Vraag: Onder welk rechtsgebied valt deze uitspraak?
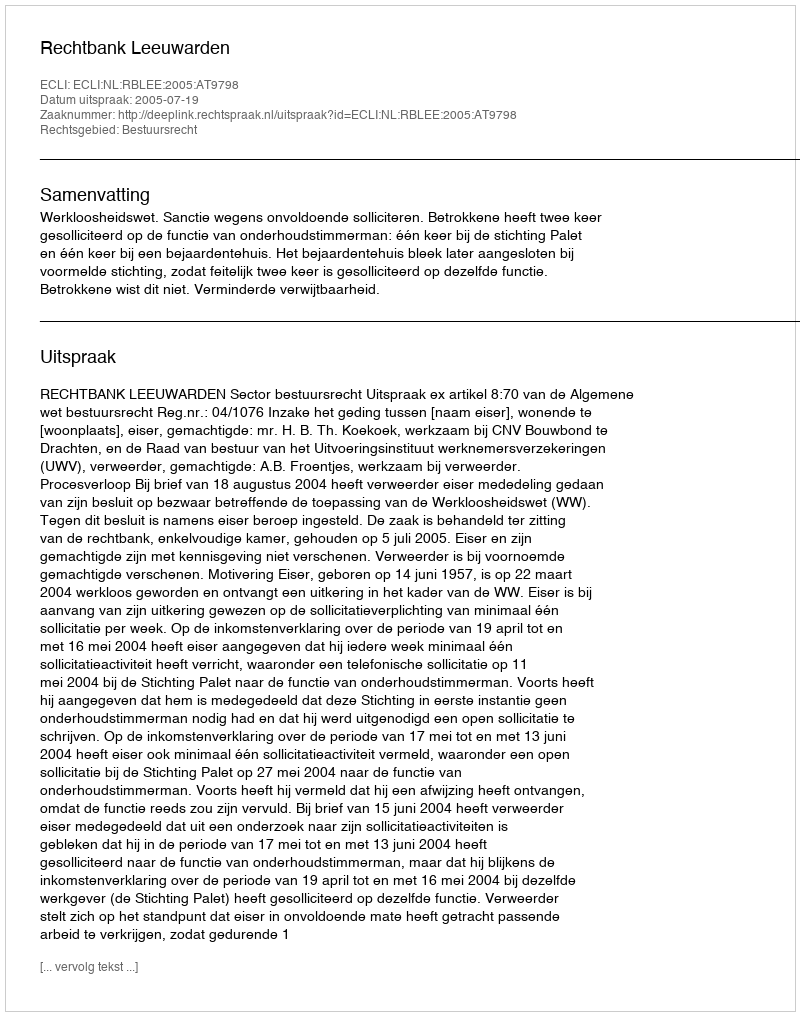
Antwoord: Bestuursrecht